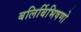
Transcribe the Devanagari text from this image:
बलिर्बिभिषणो